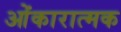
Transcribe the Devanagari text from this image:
ओंकारात्मक